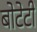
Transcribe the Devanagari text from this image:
बोटेटी